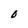
Character: O